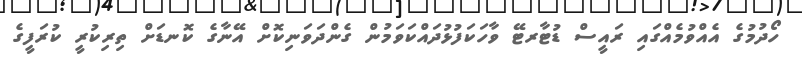
ހޯދުމުގެ އެއްވުމެއްގައި ރައީސް ޑުޓާރޓޭ ވާހަކަފުޅުދައްކަވަމުން ގެންދަވަނިކޮށް އޭނާގެ ކޮނޑަށް ތިރިކުރީ ކުރަފީގެ